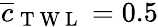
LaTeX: \overline{{c}}_{\mathrm{~T~W~L~}}=0.5